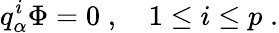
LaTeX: q_{\alpha}^{i}\Phi=0\; ,\quad 1\leq i\leq p\; .